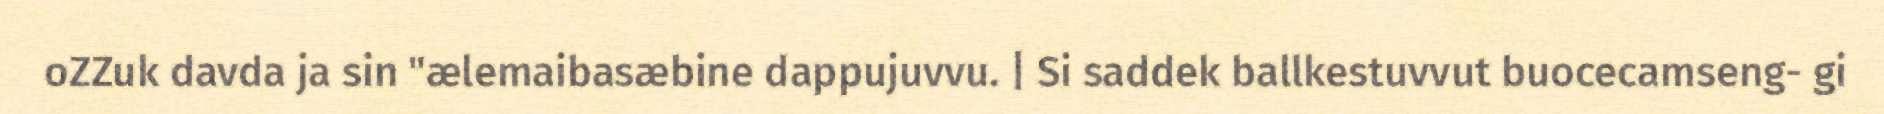
oZZuk davda ja sin "ælemaibasæbine dappujuvvu. | Si saddek ballkestuvvut buocecamseng- gi